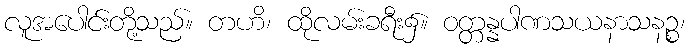
လူအပေါင်းတို့သည်။ တဟိ၊ ထိုလမ်းခရီး၌။ ဝတ္တန္နပါဏသယနာသနဉ္စ၊